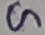
Text: G